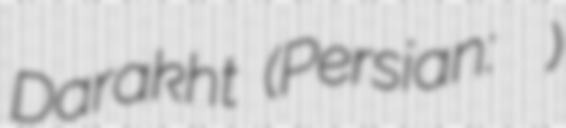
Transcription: Darakht (Persian: گل درخت)